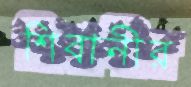
শিবানীর